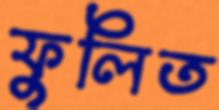
ফুলিত